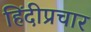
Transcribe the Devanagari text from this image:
हिंदीप्रचार